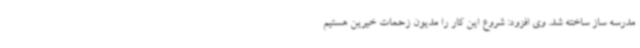
مدرسه ساز ساخته شد. وی افزود: شروع این کار را مدیون زحمات خیرین هستیم